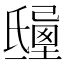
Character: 𣱒